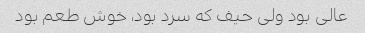
عالی بود ولی حیف که سرد بود، خوش طعم بود